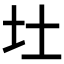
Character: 𪢴